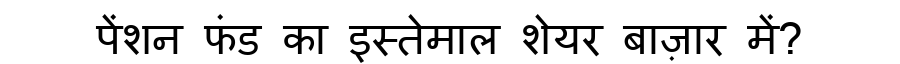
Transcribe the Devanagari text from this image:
पेंशन फंड का इस्तेमाल शेयर बाज़ार में?